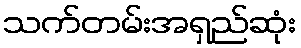
သက်တမ်းအရှည်ဆုံး